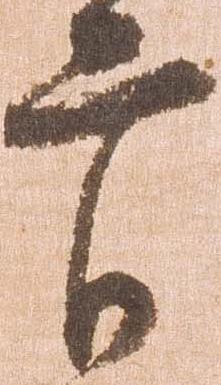
官